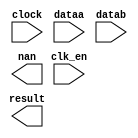
module fp_mult (
	clk_en,
	clock,
	dataa,
	datab,
	nan,
	result)/* synthesis synthesis_clearbox = 1 */;

	input	  clk_en;
	input	  clock;
	input	[31:0]  dataa;
	input	[31:0]  datab;
	output	  nan;
	output	[31:0]  result;

endmodule